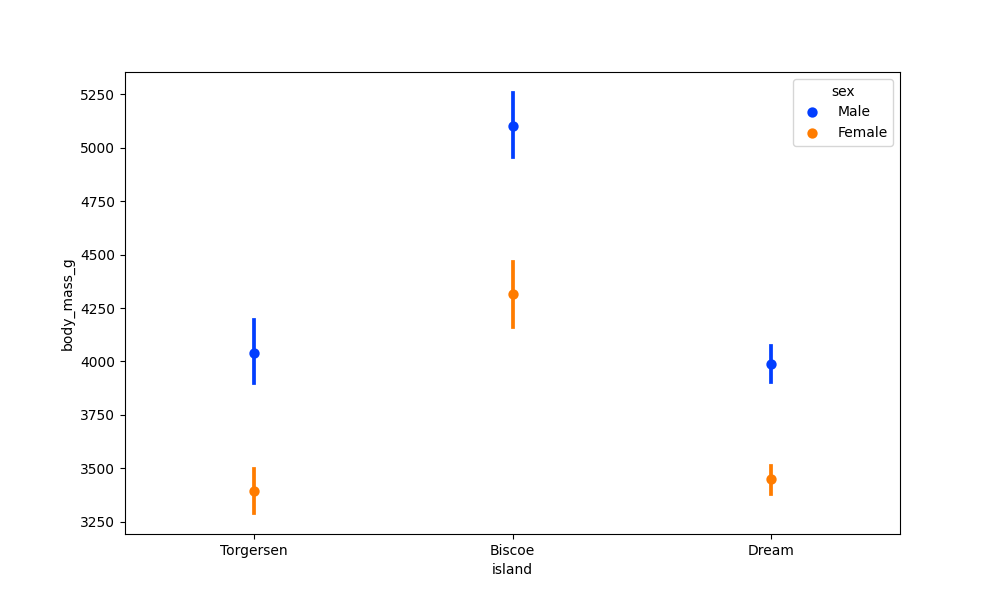
python, seaborn, pointplot, scale=1.0, join=False, hue='sex', palette='bright'